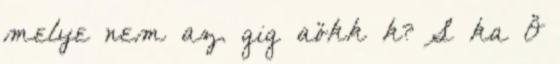
melye nem az. gig aökk k? S ka Ö